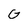
Character: G